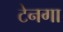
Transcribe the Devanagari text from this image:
टेनगा